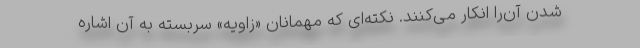
شدن آن‌را انکار می‌کنند. نکته‌ای که مهمانان «زاویه» سربسته به آن اشاره